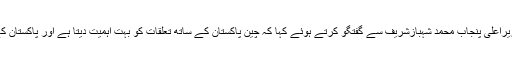
چین کے وزیر خارجہ وانگ ژی نے وزیراعلیٰ پنجاب محمد شہبازشریف سے گفتگو کرتے ہوئے کہا کہ چین پاکستان کے ساتھ تعلقات کو بہت اہمیت دیتا ہے اور پاکستان کے ہر مسئلے کو اپنا مسئلہ سمجھتے ہیں۔